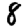
Digit: 8